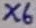
Text: X6